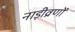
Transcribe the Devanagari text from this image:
नाड़ीव्रणों